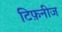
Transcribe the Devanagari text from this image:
टिफ़नीज